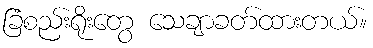
ခြံစည်းရိုးတွေ သေချာခတ်ထားတယ်။